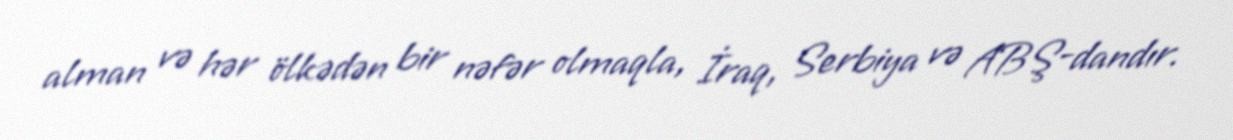
alman və hər ölkədən bir nəfər olmaqla, İraq, Serbiya və ABŞ-dandır.